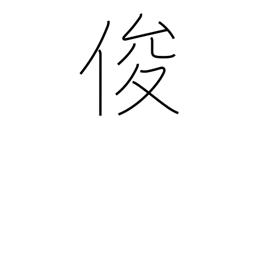
Meaning: sagacious